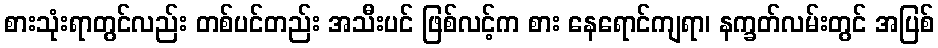
စားသုံးရာတွင်လည်း တစ်ပင်တည်း အသီးပင် ဖြစ်လင့်က စား နေရောင်ကျရာ၊ နက္ခတ်လမ်းတွင် အပြစ်